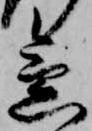
急